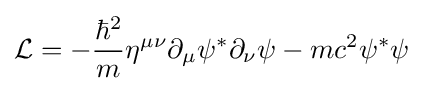
{\mathcal {L}}=-{\frac {\hbar ^{2}}{m}}\eta ^{\mu \nu }\partial _{\mu }\psi ^{*}\partial _{\nu }\psi -mc^{2}\psi ^{*}\psi